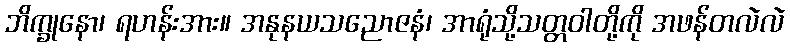
ဘိက္ခုနော၊ ရဟန်းအား။ အနုနယသညောဇနံ၊ အာရုံသို့သတ္တဝါတို့ကို အဖန်တလဲလဲ